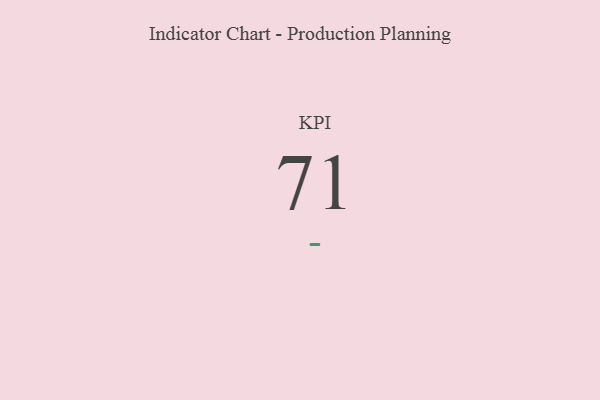
{"axis": {"x": "KPI", "y": "Value"}, "legend": [""], "data": [{"x": "KPI", "y": 71, "type": ""}]}